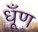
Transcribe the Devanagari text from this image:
धूँण